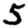
Digit: 5